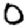
Digit: 0